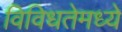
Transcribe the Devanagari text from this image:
विविधतेमध्ये